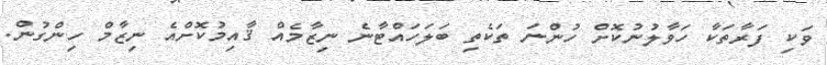
ވަކި ފަރާތަކާ ހަވާލުނުކޮށް ހުންނަ ތަކެތި ބަލަހައްޓާނެ ނިޒާމެއް ޤާއިމުކޮށްއެ ނިޒާމް ހިންގުން.